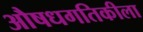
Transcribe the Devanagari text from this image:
औषधगतिकीला